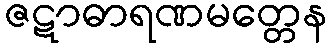
ဇဋာဓာရဏမတ္တေန